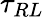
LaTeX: \tau_{RL}